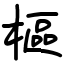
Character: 樞